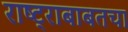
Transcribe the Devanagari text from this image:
राष्ट्राबाबतचा